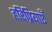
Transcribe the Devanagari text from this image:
हरिप्रियाएँ